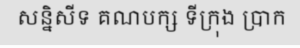
សន្និសីទ គណបក្ស ទីក្រុង ប្រាក